Indian journal of veterinary science and animal husbandry - Volume 10,
Year: 1940
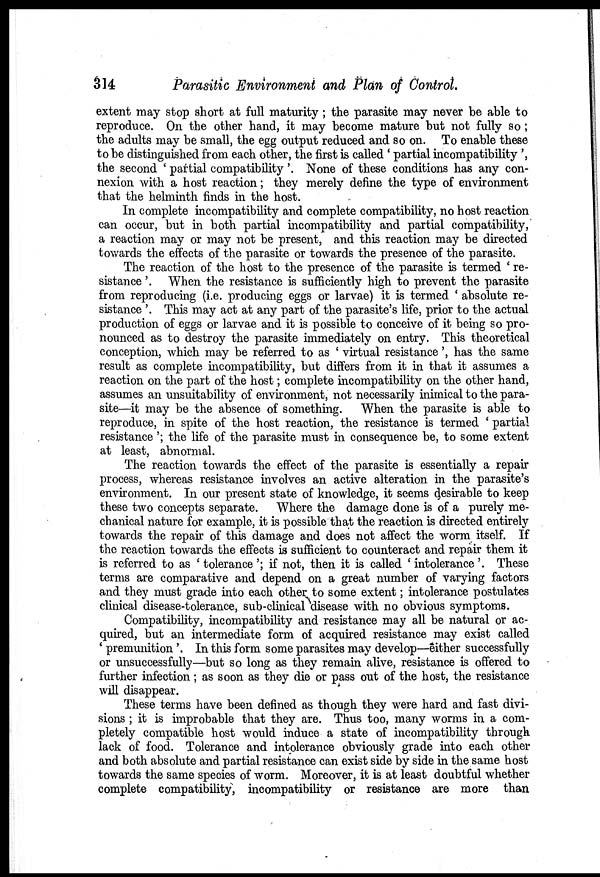
314
Parasitic Environment and Plan of Control.
extent may stop short at full maturity; the parasite may never be able to
reproduce. On the other hand, it may become mature but not fully so;
the adults may be small, the egg output reduced and so on. To enable these
to be distinguished from each other, the first is called ' partial incompatibility ',
the second ' partial compatibility '. None of these conditions has any con-
nexion with a host reaction; they merely define the type of environment
that the helminth finds in the host.
In complete incompatibility and complete compatibility, no host reaction
can occur, but in both partial incompatibility and partial compatibility,
a reaction may or may not be present, and this reaction may be directed
towards the effects of the parasite or towards the presence of the parasite.
The reaction of the host to the presence of the parasite is termed ' re-
sistance '. When the resistance is sufficiently high to prevent the parasite
from reproducing (i.e. producing eggs or larvae) it is termed ' absolute re-
sistance '. This may act at any part of the parasite's life, prior to the actual
production of eggs or larvae and it is possible to conceive of it being so pro-
nounced as to destroy the parasite immediately on entry. This theoretical
conception, which may be referred to as ' virtual resistance', has the same
result as complete incompatibility, but differs from it in that it assumes a
reaction on the part of the host; complete incompatibility on the other hand,
assumes an unsuitability of environment, not necessarily inimical to the para-
site—it may be the absence of something. When the parasite is able to
reproduce, in spite of the host reaction, the resistance is termed ' partial
resistance'; the life of the parasite must in consequence be, to some extent
at least, abnormal.
The reaction towards the effect of the parasite is essentially a repair
process, whereas resistance involves an active alteration in the parasite's
environment. In our present state of knowledge, it seems desirable to keep
these two concepts separate. Where the damage done is of a purely me-
chanical nature for example, it is possible that the reaction is directed entirely
towards the repair of this damage and does not affect the worm itself. If
the reaction towards the effects is sufficient to counteract and repair them it
is referred to as ' tolerance '; if not, then it is called ' intolerance '. These
terms are comparative and depend on a great number of varying factors
and they must grade into each other to some extent; intolerance postulates
clinical disease-tolerance, sub-clinical disease with no obvious symptoms.
Compatibility, incompatibility and resistance may all be natural or ac-
quired, but an intermediate form of acquired resistance may exist called
' premunition'. In this form some parasites may develop—either successfully
or unsuccessfully—but so long as they remain alive, resistance is offered to
further infection; as soon as they die or pass out of the host, the resistance
will disappear.
These terms have been defined as though they were hard and fast divi-
sions ; it is improbable that they are. Thus too, many worms in a com-
pletely compatible host would induce a state of incompatibility through
lack of food. Tolerance and intolerance obviously grade into each other
and both absolute and partial resistance can exist side by side in the same host
towards the same species of worm. Moreover, it is at least doubtful whether
complete compatibility, incompatibility or resistance are more than